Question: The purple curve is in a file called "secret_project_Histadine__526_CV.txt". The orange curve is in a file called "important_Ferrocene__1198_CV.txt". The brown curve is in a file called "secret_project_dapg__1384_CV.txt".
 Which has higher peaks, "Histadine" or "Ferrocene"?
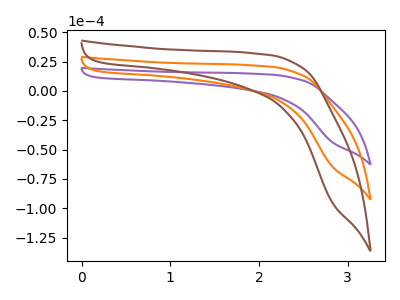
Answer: <think>The purple curve "Histadine" has no peaks. The orange curve "Ferrocene" has no peaks. The brown curve "dapg" has no peaks.</think>
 <answer>Niether CV has any peaks.</answer>
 <eval>blanks</eval>